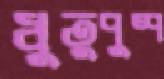
ধুতুপুষ্প